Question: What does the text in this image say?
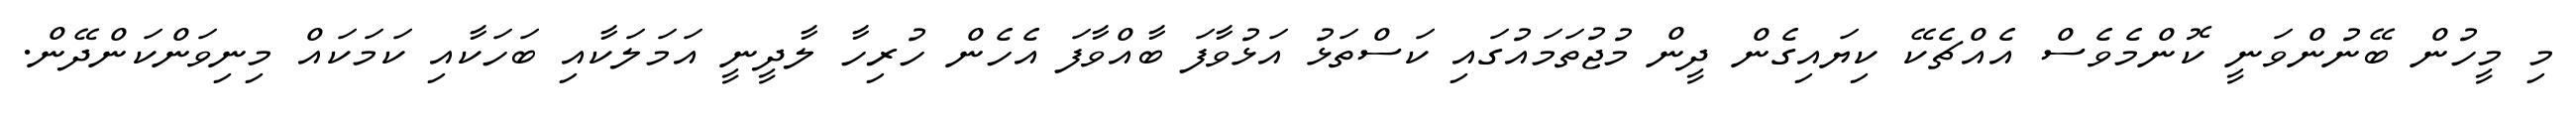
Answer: މި މީހުން ބޭނުންވަނީ ކޮންމެވެސް އެއްޗެކޭ ކިޔައިގެން ދީން މުޖުތަމައުގައި ކަސްތަޅު އަޅުވާފަ ބާއްވާފަ އެހެން ހުރިހާ ލާދީނީ އަމަލަކާއި ބަހަކާއި ކަމަކައް މިނިވަންކަންދޭން.